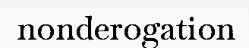
nonderogation